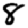
Digit: 8